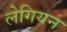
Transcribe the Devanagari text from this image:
लेगियन